Vaccination in Bombay 1874-1876 - 1874-1876
Year: 1874
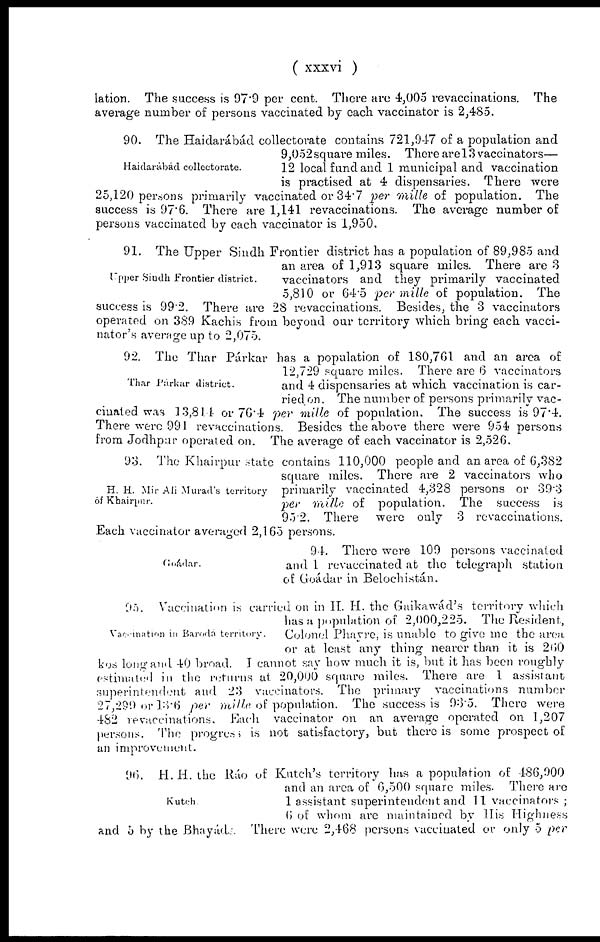
( xxxvi )
lation. The success is 97.9 per cent. There are 4,005 revaccinations. The
average number of persons vaccinated by each vaccinator is 2,485.
Haidarábád collectorate.
90. The Haidarábád collectorate contains 721,947 of a population and
9,052 square miles. There are 13 vaccinators—
12 local fund and 1 municipal and vaccination
is practised at 4 dispensaries. There were
25,120 persons primarily vaccinated or 34.7 per mille of population. The
success is 97.6. There are 1,141 revaccinations. The average number of
persons vaccinated by each vaccinator is 1,950.
Upper Sindh Frontier district.
91. The Upper Sindh Frontier district has a population of 89,985 and
an area of 1,913 square miles. There are 3
vaccinators and they primarily vaccinated
5,810 or 64.5 per mille of population. The
success is 99.2. There are 28 revaccinations. Besides, the 3 vaccinators
operated on 389 Kachis from beyond our territory which bring each vacci-
nator's average up to 2,075.
Thar Párkar district.
92. The Thar Párkar has a population of 180,761 and an area of
12,729 square miles. There are 6 vaccinators
and 4 dispensaries at which vaccination is car-
ried on. The number of persons primarily vac-
cinated was 13,814 or 76.4 per mille of population. The success is 97.4.
There were 991 revaccinations. Besides the above there were 954 persons
from Jodhpur operated on. The average of each vaccinator is 2,526.
H. H. Mir Ali Murad's territory
of Khairpur.
93. The Khairpur state contains 110,000 people and an area of 6,382
square miles. There are 2 vaccinators who
primarily vaccinated 4,328 persons or 39.3
per mille of population. The success is
95.2. There were only 3 revaccinations.
Each vaccinator averaged 2,165 persons.
Goádar.
94. There were 109 persons vaccinated
and 1 revaccinated at the telegraph station
of Goádar in Belochistán.
Vaccination in Baroda territory.
95. Vaccination is carried on in H. H. the Gaikawád's territory which
has a population of 2,000,225. The Resident,
Colonel Phayre, is unable to give me the area
or at least any thing nearer than it is 260
kos long and 40 broad. I cannot say how much it is, but it has been roughly
estimated in the returns at 20,000 square miles. There are 1 assistant
superintendent and 23 vaccinators. The primary vaccinations number
27,299 or 13.6 per mille of population. The success is 93.5. There were
482 revaccinations. Each vaccinator on an average operated on 1,207
persons. The progress is not satisfactory, but there is some prospect of
an improvement.
Kutch.
96. H. H. the Ráo of Kutch's territory has a population of 486,900
and an area of 6,500 square miles. There are
1 assistant superintendent and 11 vaccinators ;
6 of whom are maintained by His Highness
and 5 by the Bhayáds. There were 2,468 persons vaccinated or only 5 per